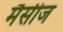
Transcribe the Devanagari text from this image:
मैसीज